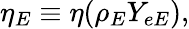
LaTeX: \eta_{E}\equiv\eta(\rho_{E}Y_{eE}),